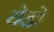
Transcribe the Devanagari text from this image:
येडो